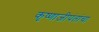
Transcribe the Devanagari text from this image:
कृष्णाजीपंतांचा